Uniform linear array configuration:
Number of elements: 12
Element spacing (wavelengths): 0.5
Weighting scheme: hamming
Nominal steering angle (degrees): -15
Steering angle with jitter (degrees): -15.194
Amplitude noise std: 0.05
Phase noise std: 0.05

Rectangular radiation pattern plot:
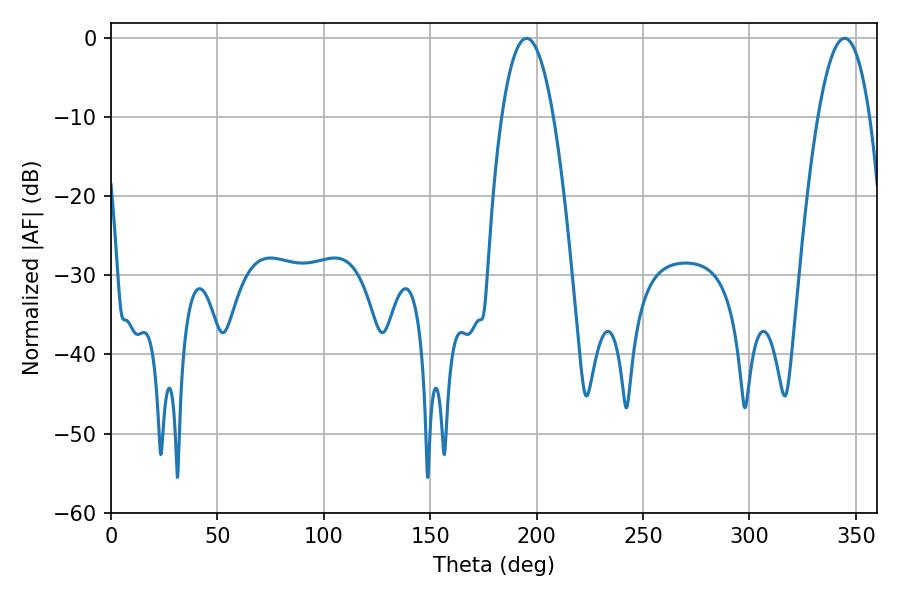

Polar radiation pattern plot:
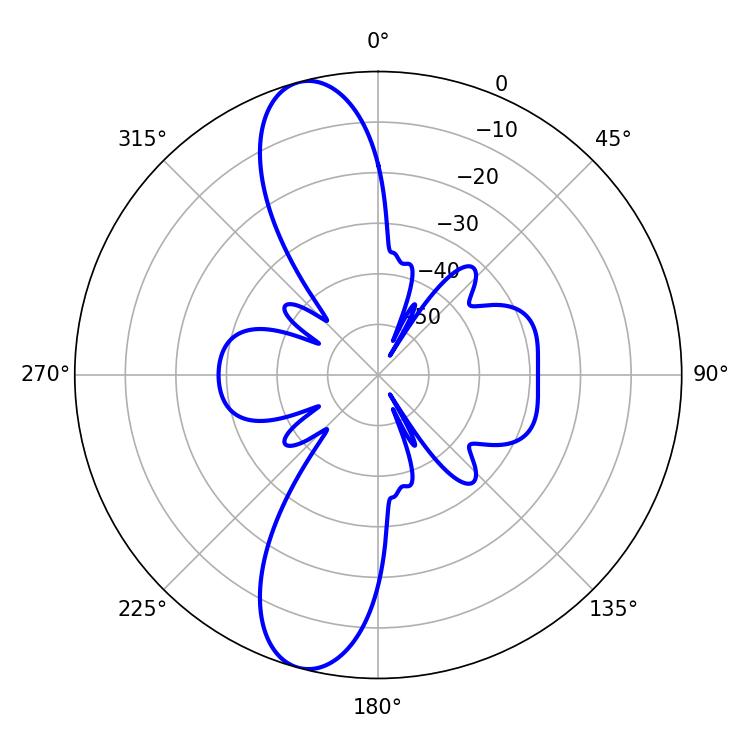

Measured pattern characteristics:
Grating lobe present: FALSE
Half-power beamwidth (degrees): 13.5
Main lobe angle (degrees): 195.3